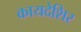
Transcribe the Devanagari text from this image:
कायदेशिर